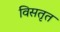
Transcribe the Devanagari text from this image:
विसतृत